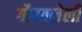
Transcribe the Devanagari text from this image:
गौरवलेली